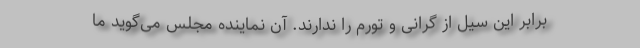
برابر این سیل از گرانی و تورم را ندارند. آن نماینده مجلس می‌گوید ما